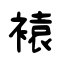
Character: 褤